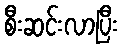
စီးဆင်းလာပြီး